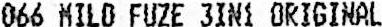
066 MILD FUZE 3IN1 ORIGINAL